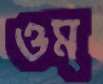
ওম্